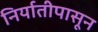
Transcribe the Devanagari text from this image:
निर्यातीपासून